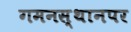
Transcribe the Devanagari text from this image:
गमनस्थानपर